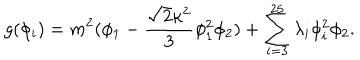
g ( \phi _ { i } ) = m ^ { 2 } ( \phi _ { 1 } - \frac { { \sqrt { 2 } } \kappa ^ { 2 } } { 3 } \phi _ { 1 } ^ { 2 } \phi _ { 2 } ) + \sum _ { i = 3 } ^ { 2 5 } \lambda _ { i } \phi _ { i } ^ { 2 } \phi _ { 2 } .